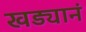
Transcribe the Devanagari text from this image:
खड्यानं